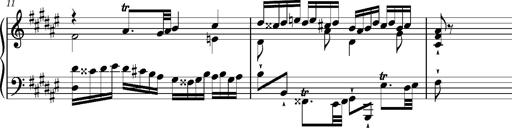
Title: Preludio â€” Allegro maestoso
Composer: Franz Liszt
Key: F-sharp major